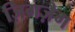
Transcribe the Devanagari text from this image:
ज़िगज़ैग